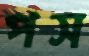
পস